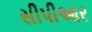
સીપીઆર